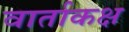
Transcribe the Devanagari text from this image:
वार्ताकक्ष